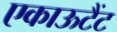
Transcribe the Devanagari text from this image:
एकाऊटैंट